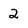
Character: 2